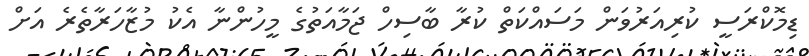
ޑިމޮކްރަސީ ކުރިއަރުވަން މަސައްކަތް ކުރާ ބާސިހް ޖަމާއަތުގެ މީހުންނާ އެކު މުޒާހަރާތެރެ އަށް